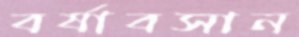
বর্ষাবসান